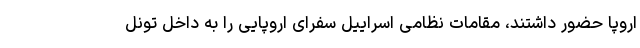
اروپا حضور داشتند، مقامات نظامی اسراییل سفرای اروپایی را به داخل تونل